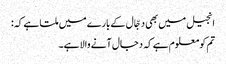
انجیل میں بھی دجّال کے بارے میں ملتا ہے کہ:
تم کو معلوم ہے کہ دجال آنے والا ہے۔